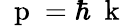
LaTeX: \mathrm{~\mathbf~p~}=\hbar\mathrm{~\mathbf~k~}